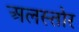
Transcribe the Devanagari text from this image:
अलस्तोर